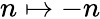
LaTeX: n\mapsto-n